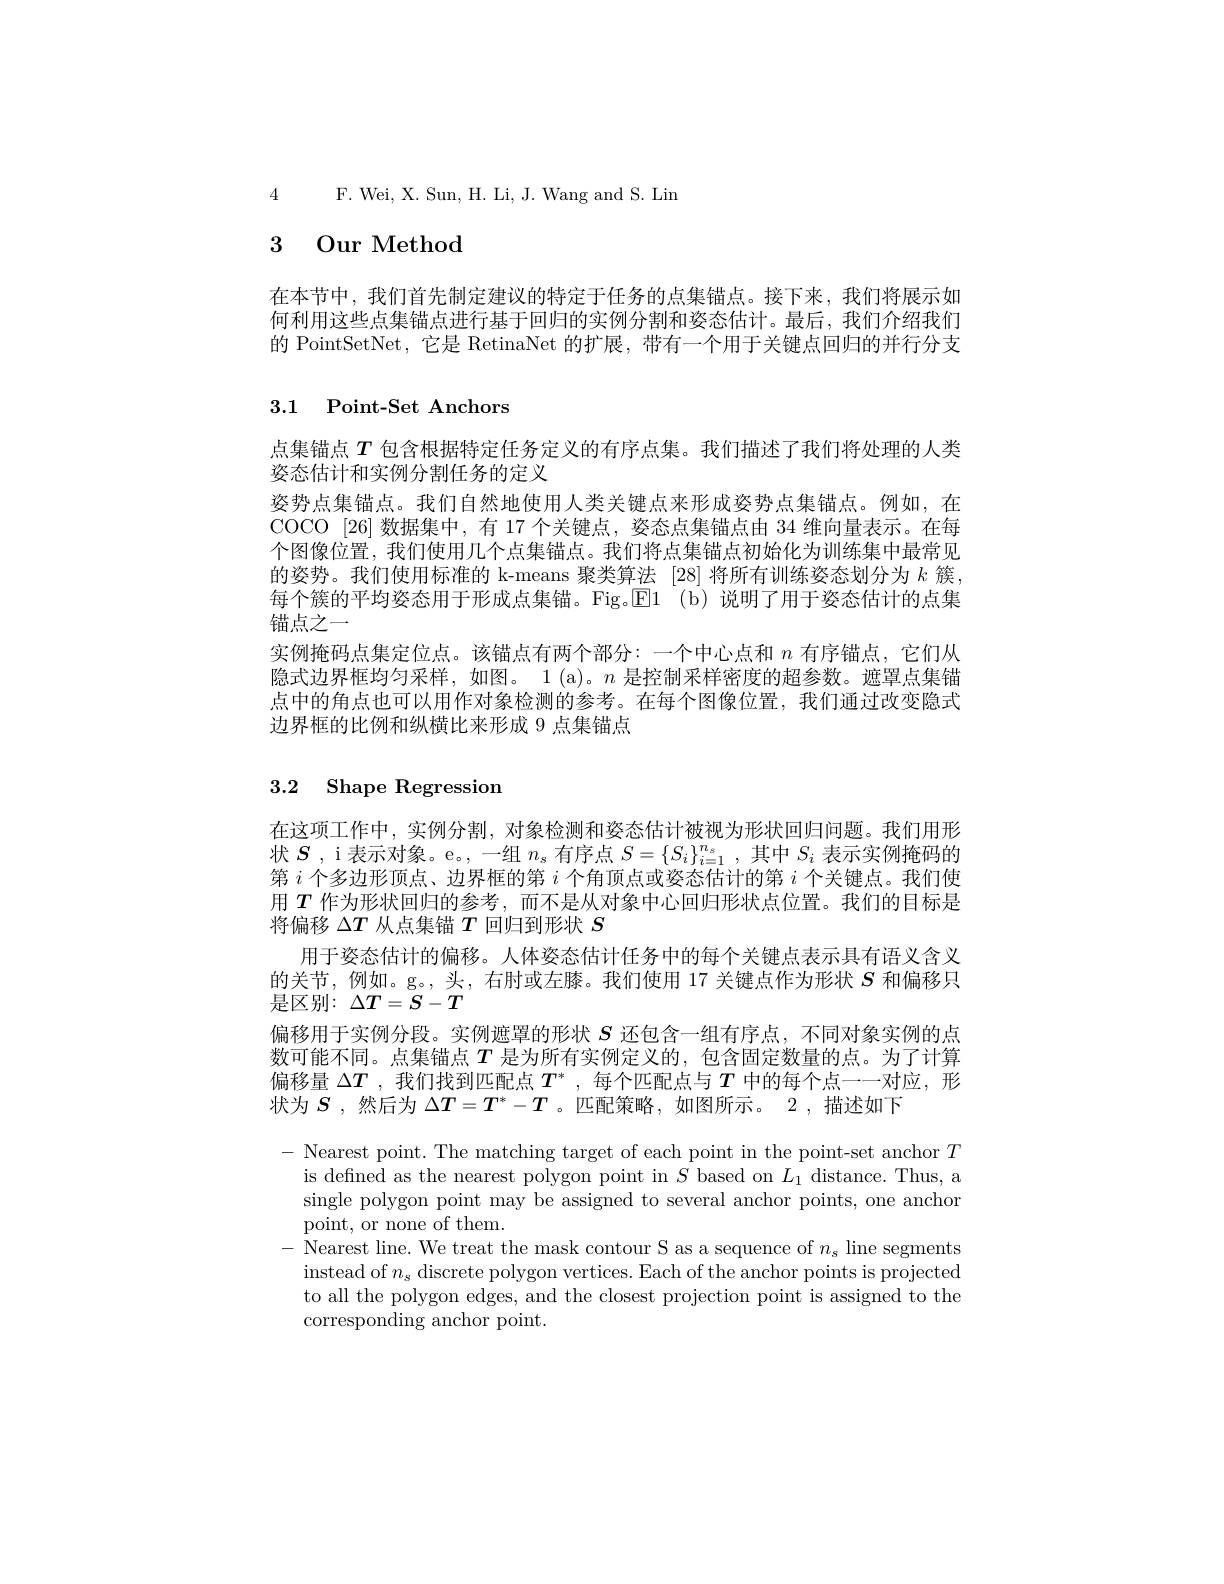
4 F. Wei, X. Sun, H. Li, J. Wang and S. Lim

# 3 Our Method

在本节中，我们首先制定建议的特定于任务的点集锚点。接下来，我们将展示如何利用这些点集锚点进行基于回归的实例分割和姿态估计。最后，我们介绍我们的 PointSetNet, 它是 RetinaNet 的扩展，带有一个用于关键点回归的并行分支

3.1 Point-Set Anchors

点集锚点$T$ 包含根据特定任务定义的有序点集。我们描述了我们将处理的人类
姿态估计和实例分割任务的定义
姿势点集锚点。我们自然地使用人类关键点来形成姿势点集锚点。例如，在COCO [26]数据集中，有 17 个关键点，姿态点集锚点由 34 维向量表示。在每个图像位置，我们使用几个点集锚点。我们将点集锚点初始化为训练集中最常见的姿势。我们使用标准的 k-means 聚类算法 [28]将所有训练姿态划分为$k$簇， 每个簇的平均姿态用于形成点集锚。Fig。E1 ( b) 说明了用于姿态估计的点集锚点之一
实例掩码点集定位点。该锚点有两个部分：一个中心点和$n$有序锚点，它们从隐式边界框均匀采样，如图。1 (a)。n 是控制采样密度的超参数。遮罩点集锚点中的角点也可以用作对象检测的参考。在每个图像位置，我们通过改变隐式边界框的比例和纵横比来形成 9 点集锚点

# 3.2 Shape Regression

在这项工作中，实例分割，对象检测和姿态估计被视为形状回归问题。我们用形状$S$ , i 表示对象。e。, 一组$n_s$有序点$S=\{S_i\}_i=1^{n_s}$,其中$S_i$表示实例掩码的第$i$个多边形顶点、边界框的第$i$个角顶点或姿态估计的第$i$个关键点。我们使用$T$作为形状回归的参考，而不是从对象中心回归形状点位置。我们的目标是将偏移$\Delta T$从点集锚$T$回归到形状$S$
用于姿态估计的偏移。人体姿态估计任务中的每个关键点表示具有语义含义的关节，例如。g。,头，右肘或左膝。我们使用 17 关键点作为形状$S$和偏移只是区别：$\Delta T=S-T$
偏移用于实例分段。实例遮罩的形状$S$还包含一组有序点，不同对象实例的点数可能不同。点集锚点$T$是为所有实例定义的，包含固定数量的点。为了计算偏移量$\Delta T$ ,我们找到匹配点$T^*$ ,每个匹配点与$T$中的每个点一一对应，形状为$S$ ,然后为$\Delta T=T^*-T$ 。匹配策略 ,如图所示。2 ,描述如下
- Nearest point. The matching target of each point in the point-set anchor $T$
is defned as the nearest polygon point in $S$ based on $L_1$ distance. Thus, a single polygon point may be assigned to several anchor points, one anchor point, or none of them.
- Nearest line. We treat the mask contour S as a sequence of $n_s$ line segments
instead of $n_{\mathrm{s}}$ discrete polygon vertices. Each of the anchor points is projected to all the polygon edges, and the closest projection point is assigned to the corresponding anchor point.